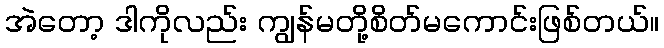
အဲတော့ ဒါကိုလည်း ကျွန်မတို့စိတ်မကောင်းဖြစ်တယ်။